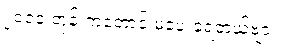
၂၀၁၀ တုန်းကတောင် မဲပေးခဲ့ရတယ်ဗျာ။